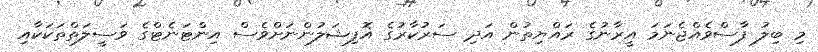
މި ބިލު ފާސްވެއްޖެނަމަ އީރާނުގެ ރައްޔިތުން އަދި ސަރުކާރުގެ އޮފިޝަލުންނަށްވެސް އިންޓަނެޓްގެ ވަސީލަތްތަކަކާއި